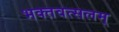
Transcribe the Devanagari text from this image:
भक्तवत्सलम्